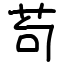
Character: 苟